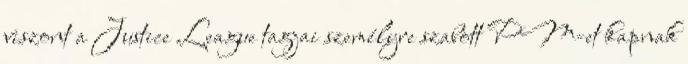
viszont a Justice League tagjai személyre szabott PM-et kapnak